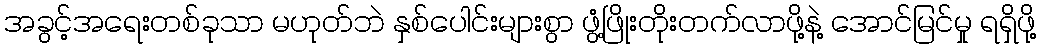
အခွင့်အရေးတစ်ခုသာ မဟုတ်ဘဲ နှစ်ပေါင်းများစွာ ဖွံ့ဖြိုးတိုးတက်လာဖို့နဲ့ အောင်မြင်မှု ရရှိဖို့